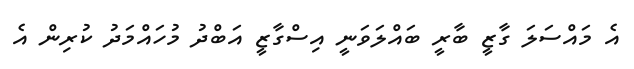
އެ މައްސަލަ ގާޒީ ބާރީ ބައްލަވަނީ އިސްގާޒީ އަބްދު މުހައްމަދު ކުރިން އެ